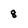
Character: 8